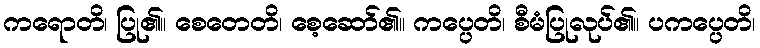
ကရောတိ၊ ပြု၏။ စေတေတိ၊ စေ့ဆော်၏။ ကပ္ပေတိ၊ စီမံပြုလုပ်၏။ ပကပ္ပေတိ၊